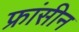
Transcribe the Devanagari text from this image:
फ्रांसीन